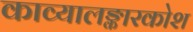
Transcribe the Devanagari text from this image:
काव्यालङ्कारकोश